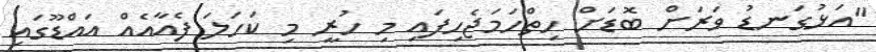
"އަޅުގަނޑު ވަރަށް ބޮޑަށް ހިތްހަމަޖެހިފައި މި ހުރީ މި ކަހަލަ ފެއާއެއް އައްޑޫގައި